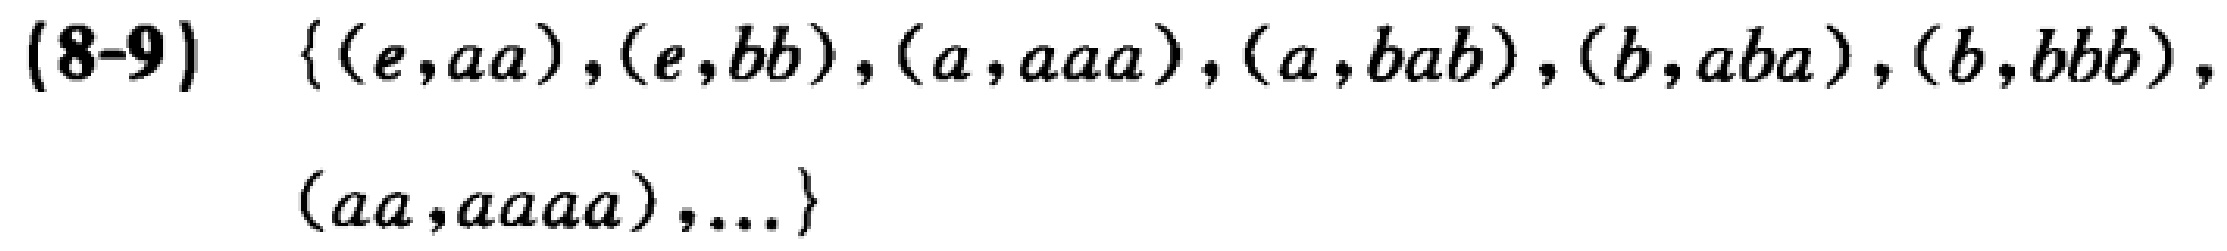
(8-9) \(\{(e,aa),(e,bb),(a,aaa),(a,bab),(b,aba),(b,bbb),(aa,aaaa),...\}\)